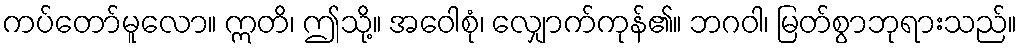
ကပ်တော်မူလော။ ဣတိ၊ ဤသို့။ အဝေါစုံ၊ လျှောက်ကုန်၏။ ဘဂဝါ၊ မြတ်စွာဘုရားသည်။